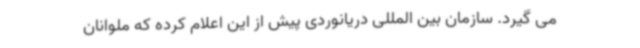
می گیرد. سازمان بین المللی دریانوردی پیش از این اعلام کرده که ملوانان